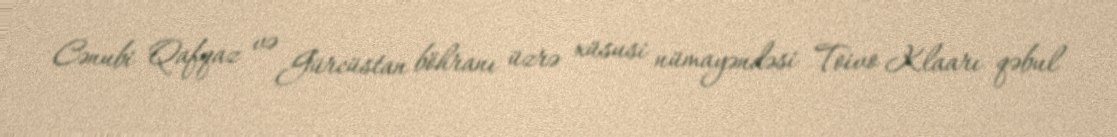
Cənubi Qafqaz və Gürcüstan böhranı üzrə xüsusi nümayəndəsi Toivo Klaarı qəbul